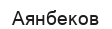
Аянбеков